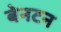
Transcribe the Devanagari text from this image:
बेनटन